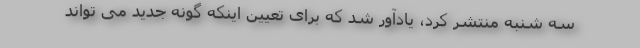
سه شنبه منتشر کرد، یادآور شد که برای تعیین اینکه گونه جدید می تواند